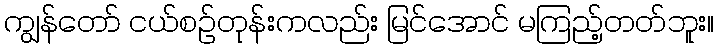
ကျွန်တော် ငယ်စဉ်တုန်းကလည်း မြင်အောင် မကြည့်တတ်ဘူး။